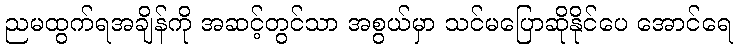
ညမထွက်ရအချိန်ကို အဆင့်တွင်သာ အစွယ်မှာ သင်မပြောဆိုနိုင်ပေ အောင်ရေ